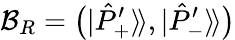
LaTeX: \mathcal{B}_{R}=\big(|\hat{P}_{+}^{\prime}\rangle\! \rangle,|\hat{P}_{-}^{\prime}\rangle\! \rangle\big)